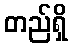
တည်ရှိ